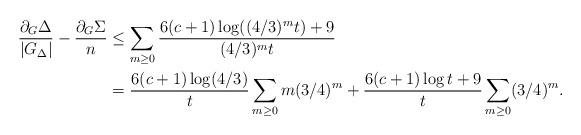
LaTeX: \begin{align*}\frac{\partial_G\Delta}{|G_\Delta|}-\frac{\partial_G\Sigma}{n}&\le \sum_{m\ge 0} \frac{6(c+1)\log ((4/3)^mt)+9}{(4/3)^mt}\\&=\frac{6(c+1)\log(4/3)}{t}\sum_{m\ge 0} m(3/4)^m+\frac{6(c+1)\log t+9}{t}\sum_{m\ge 0} (3/4)^m.\end{align*}